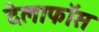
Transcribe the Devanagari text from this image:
देलाफॉस